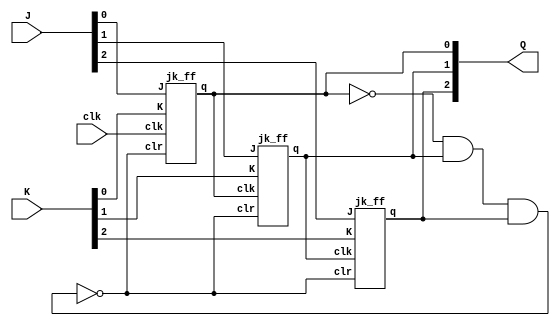
module mod6_counter(clk, J,K,Q);
input clk;
input [2:0]J,K;
output [2:0]Q;
wire clr;

assign clr = ~(~Q[0]&Q[1]&Q[2]);
jk_ff JK1(clk,clr,J[0],K[0],Q[0]);
jk_ff JK2(Q[0],clr,J[1],K[1],Q[1]);
jk_ff JK3(Q[1],clr,J[2],K[2],Q[2]);
endmodule


module jk_ff(clk,clr,J,K, q);
input clk,clr,J,K;
output reg q;

always@(negedge clk)
begin
if(clr) begin
  case({J,K})
    2'b00: q <= q;
  2'b01: q <= 1'b0;
  2'b10: q <= 1'b1;
  2'b11: q <= ~q;
  endcase
end
else 
q <= 1'b0;
end

initial begin
q = 1'b1;
end
endmodule